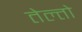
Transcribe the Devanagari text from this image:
तेल्तो